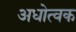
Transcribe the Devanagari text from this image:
अधोत्वक